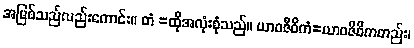
အမြစ်သည်လည်းကောင်း။ တံ =ထိုအလုံးစုံသည်။ ယာဝဇီဝိကံ=ယာဝဇီဝိကတည်း၊